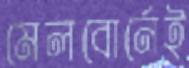
মেলবোর্নেই